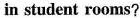
in student rooms?